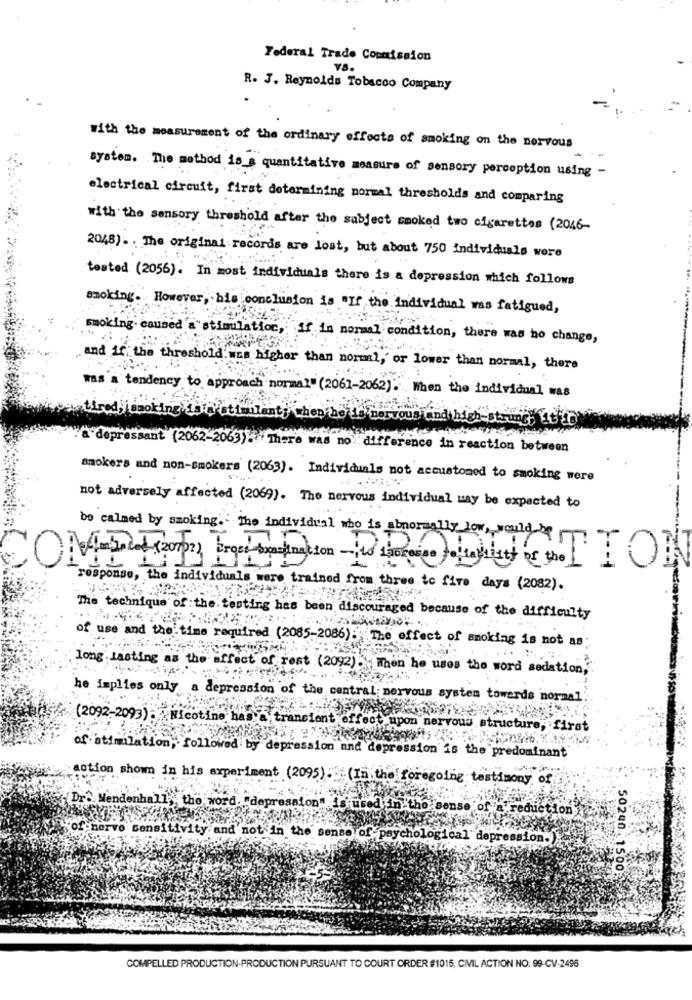
Federal Trade Commission
R. J. Reynolds Tobacco Company
with the measurement of the ordinary effects of smoking on the nervous
system. The method is s quantitative measure of sensory perception using -
electrical circuit, first determining normal thresholds and comparing
with the sensory threshold after the subject smoked two cigarettes (2046-
2048) .. The original records are lost, but about 750 individuals were
tested (2056). In most individuals there is a depression which follows
smoking. However, his conclusion is "If the individual was fatigued,
king caused'a" stimulation, if in normal condition, there was no change,
and if' the threshold.wes higher than normal, or lower than normal, there
was a tendency to approach normal" (2061-2062). When the individual WA8
Pottmilant; when he Er nervous and high-strung
à depressan
(2062-2063) .There was no difference in reaction between
smokers and non-smokers (2063). Individuals not accustomed to smoking were
not adversely affected (2069). The nervous individual may be expected to
be calmed by smoking. The individual who is abnormally low, would be
ON
response, the individuals were trained from three to five days (2082).
The technique of the testing has been discouraged because of the difficulty
of use and the time required (2085-2086). The effect of smoking is not as
long Lasting as the effect of rest (2092) . When he uses the word sedation,"
he implies only a depression of the central nervous system towerds normal.
(2092-2093) . Nicotine has
transient effect upon n
rvous structure, first
of stimulation, followed by depression and depression is the predominant
action shown in his experiment (2095). (In the foregoing testimony of
[Dr. Mendenhall, the word. depression" is used in the sense of a reduction
of nervo sensitivity and not in the sense of psychological depression.
50240 .1500
COMPELLED PRODUCTION-PRODUCTION PURSUANT TO COURT ORDER #1015, CIVIL ACTION NO. 99-CV-2496